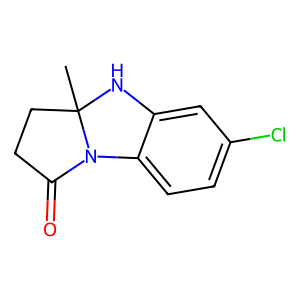
SMILES: CC12CCC(=O)N1c1ccc(Cl)cc1N2
Inhibits HIV replication: No